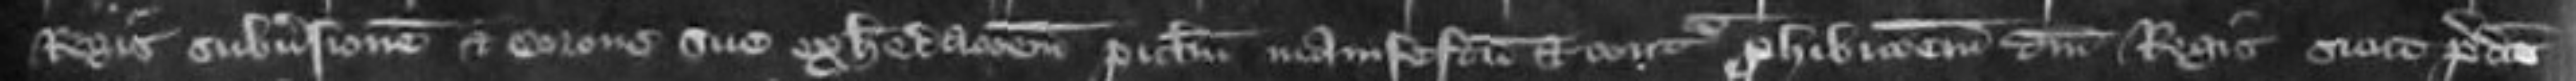
Regis subversionem et corone sue exheredacionem periculum manifestum et contra prohibitionem domini Regis sicut predictus